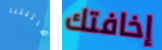
لعائلتنا إخافتك